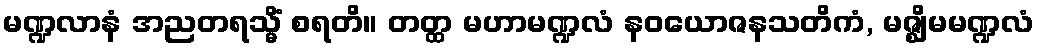
မဏ္ဍလာနံ အညတရသ္မိံ စရတိ။ တတ္ထ မဟာမဏ္ဍလံ နဝယောဇနသတိကံ, မဇ္ဈိမမဏ္ဍလံ